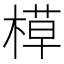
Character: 𬃸